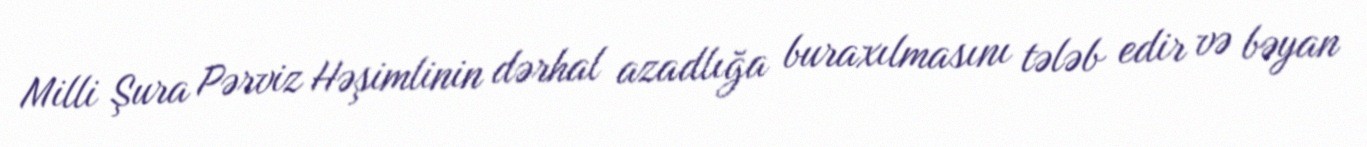
Milli Şura Pərviz Həşimlinin dərhal azadlığa buraxılmasını tələb edir və bəyan